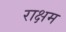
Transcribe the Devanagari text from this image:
राक्षम